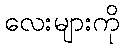
လေးများကို